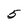
Character: 5